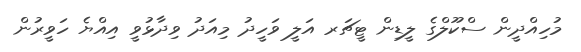
މުހިއްދީން ސްކޫލްގެ ލީޑިން ޓީޗަރ އަލީ ވަހީދު މިއަދު ވިދާޅުވީ އިއްޔެ ހަވީރުން